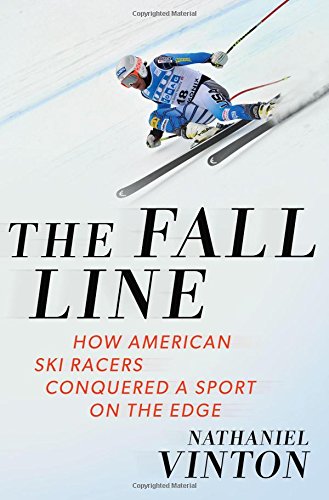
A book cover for The Fall Line: How American Ski Racers Conquered a Sport on the Edge; Nathaniel Vinton; Sports & Outdoors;